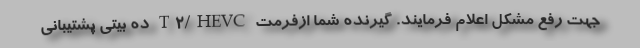
جهت رفع مشکل اعلام فرمایند. گیرنده شما ازفرمت T۲/HEVC ده بیتی پشتیبانی